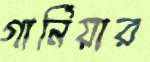
গার্নিয়ার